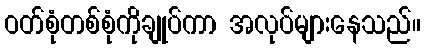
ဝတ်စုံတစ်စုံကိုချုပ်ကာ အလုပ်များနေသည်။